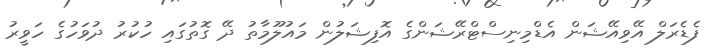
ފެޑެރަލް އޭވިއޭޝަން އެޑްމިނިސްޓްރޭޝަންގެ އޮފިޝަލުން މައުލޫމާތު ދޭ ގޮތުގައި ހުކުރު ދުވަހުގެ ހަވީރު